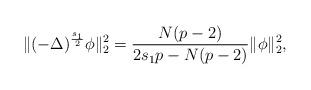
LaTeX: \begin{align*}\|(-\Delta)^{\frac {s_1} {2}} \phi\|_2^2=\frac{N(p-2)}{2s_1p-N(p-2)}\|\phi\|_2^2,\end{align*}